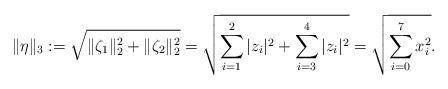
LaTeX: \begin{align*}\Vert \eta \Vert_3 := \sqrt{\Vert\zeta_1\Vert_2^2+\Vert\zeta_2\Vert_2^2}=\sqrt{\sum_{i=1}^2|z_i|^2+\sum_{i=3}^4|z_i|^2}=\sqrt{\sum_{i=0}^7x_i^2}.\end{align*}